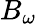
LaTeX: B_{\omega}